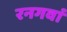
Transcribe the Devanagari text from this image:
रनगवां